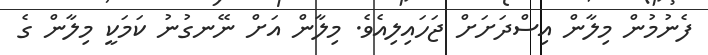
ފެނުމުން މިލާން އިސްދަށަށް ޖަހައިލިއެވެ. މިލާން އަށް ނޭނގުނު ކަމަކީ މިލާން ގެ